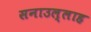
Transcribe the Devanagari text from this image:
सनाउल्‍लाह